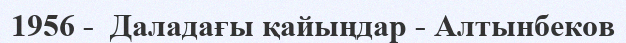
1956 -  Даладағы қайыңдар - Алтынбеков